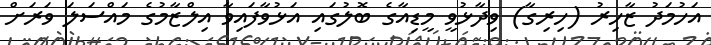
އަހުމަދު ޒާހިރު (ހިރިގާ) ވިދާޅުވީ މީޑިއާގެ ބޮލުގައި އަޅުވާފައިވާ އިލްޒާމުގެ މައްސަލަ ވަރަށް